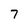
Character: 7